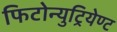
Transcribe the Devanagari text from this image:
फिटोन्युट्रियेण्ट